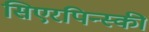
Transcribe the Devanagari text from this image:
सिएरपिन्स्की